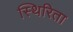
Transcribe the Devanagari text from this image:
स्थिरिता